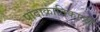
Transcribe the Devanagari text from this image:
पादाक्रांतिकाळी